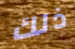
ذلك